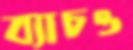
ব্যাচও